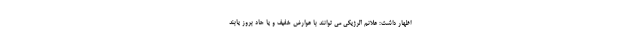
اظهار داشت: علائم آلرژیکی می توانند با عوارض خفیف و یا حاد بروز یابند